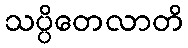
သပ္ပိတေလာတိ